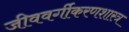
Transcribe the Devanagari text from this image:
जीववर्गीकरणशास्त्र